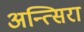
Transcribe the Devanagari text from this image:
अन्त्सिरा